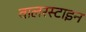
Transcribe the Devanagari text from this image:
वालरस्टाइन